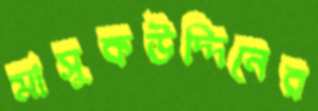
মাসুকউদ্দিনের